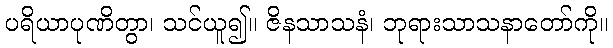
ပရိယာပုဏိတွာ၊ သင်ယူ၍။ ဇိနသာသနံ၊ ဘုရားသာသနာတော်ကို။